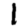
Digit: 1